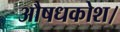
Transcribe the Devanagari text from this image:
औषधकोश।